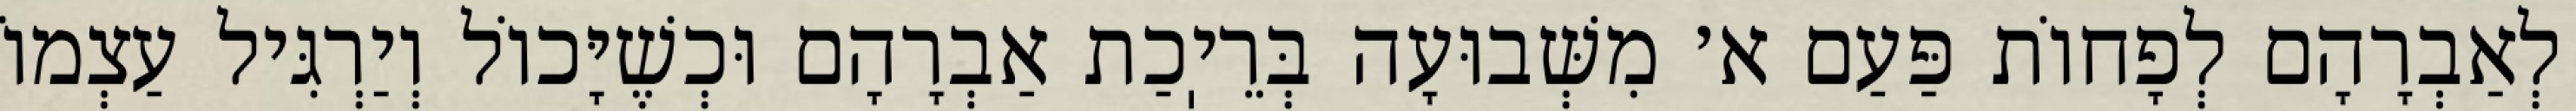
לְאַבְרָהָם לְפָחוֹת פַּעַם א׳ מִשְּׁבוּעָה בְּרֵיֽכַת אַבְרָהָם וּכְשֶׁיָּכוֹל וְיַרְגִּיל עַצְמוֹ